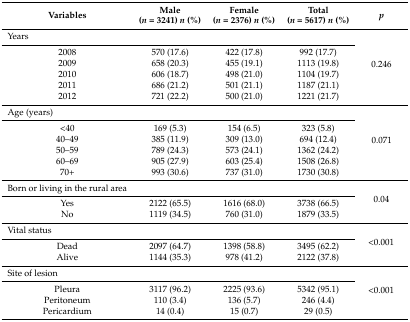
<table><thead><tr><td><b>Variables</b></td><td><b>Male (<i>n</i> = 3241) <i>n</i> (%)</b></td><td><b>Female (<i>n</i> = 2376) <i>n</i> (%)</b></td><td><b>Total (<i>n</i> = 5617) <i>n</i> (%)</b></td><td><b><i>p</i></b></td></tr></thead><tbody><tr><td>Years</td><td></td><td></td><td></td><td rowspan="6">0.246</td></tr><tr><td>2008</td><td>570 (17.6)</td><td>422 (17.8)</td><td>992 (17.7)</td></tr><tr><td>2009</td><td>658 (20.3)</td><td>455 (19.1)</td><td>1113 (19.8)</td></tr><tr><td>2010</td><td>606 (18.7)</td><td>498 (21.0)</td><td>1104 (19.7)</td></tr><tr><td>2011</td><td>686 (21.2)</td><td>501 (21.1)</td><td>1187 (21.1)</td></tr><tr><td>2012</td><td>721 (22.2)</td><td>500 (21.0)</td><td>1221 (21.7)</td></tr><tr><td>Age (years)</td><td></td><td></td><td></td><td rowspan="6">0.071</td></tr><tr><td>&lt;40</td><td>169 (5.3)</td><td>154 (6.5)</td><td>323 (5.8)</td></tr><tr><td>40–49</td><td>385 (11.9)</td><td>309 (13.0)</td><td>694 (12.4)</td></tr><tr><td>50–59</td><td>789 (24.3)</td><td>573 (24.1)</td><td>1362 (24.2)</td></tr><tr><td>60–69</td><td>905 (27.9)</td><td>603 (25.4)</td><td>1508 (26.8)</td></tr><tr><td>70+</td><td>993 (30.6)</td><td>737 (31.0)</td><td>1730 (30.8)</td></tr><tr><td>Born or living in the rural area</td><td></td><td></td><td></td><td rowspan="3">0.04</td></tr><tr><td>Yes</td><td>2122 (65.5)</td><td>1616 (68.0)</td><td>3738 (66.5)</td></tr><tr><td>No</td><td>1119 (34.5)</td><td>760 (31.0)</td><td>1879 (33.5)</td></tr><tr><td>Vital status</td><td></td><td></td><td></td><td rowspan="3">&lt;0.001</td></tr><tr><td>Dead</td><td>2097 (64.7)</td><td>1398 (58.8)</td><td>3495 (62.2)</td></tr><tr><td>Alive</td><td>1144 (35.3)</td><td>978 (41.2)</td><td>2122 (37.8)</td></tr><tr><td>Site of lesion</td><td></td><td></td><td></td><td rowspan="4">&lt;0.001</td></tr><tr><td>Pleura</td><td>3117 (96.2)</td><td>2225 (93.6)</td><td>5342 (95.1)</td></tr><tr><td>Peritoneum</td><td>110 (3.4)</td><td>136 (5.7)</td><td>246 (4.4)</td></tr><tr><td>Pericardium</td><td>14 (0.4)</td><td>15 (0.7)</td><td>29 (0.5)</td></tr></tbody></table>